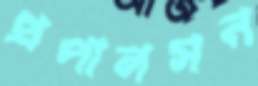
প্রপালসন